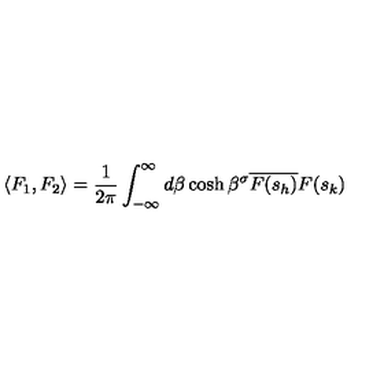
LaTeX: \langle F _ { 1 } , F _ { 2 } \rangle = \frac { 1 } { 2 \pi } \int _ { - \infty } ^ { \infty } d \beta \cosh \beta ^ { \sigma } \overline { { F ( s _ { h } ) } } F ( s _ { k } )